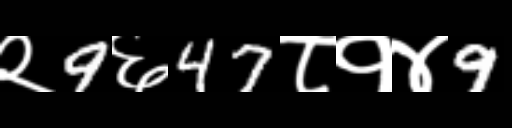
Text: २9६47८१४9